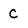
Character: C